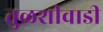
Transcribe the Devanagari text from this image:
तुळशीवाडी